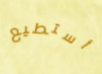
أستطيع